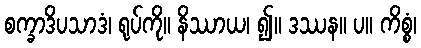
စက္ခာဒိပသာဒံ၊ ရုပ်ကို။ နိဿာယ၊ ၍။ ဒဿန။ ပ။ ကိစ္စံ၊